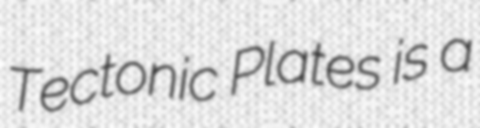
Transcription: Tectonic Plates is a